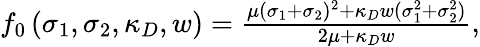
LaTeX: \begin{array}{r}{f_{0}\left(\sigma_{1},\sigma_{2},\kappa_{D},w\right)=\frac{\mu(\sigma_{1}+\sigma_{2})^{2}+\kappa_{D}w(\sigma_{1}^{2}+\sigma_{2}^{2})}{2\mu+\kappa_{D}w},}\end{array}